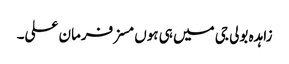
زاہدہ بولی جی میں ہی ہوں مسز فرمان علی۔